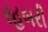
રહબરી